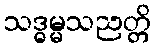
သဒ္ဓမ္မသညတ္တိ